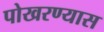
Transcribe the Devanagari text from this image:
पोखरण्यास